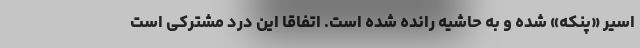
اسیر «پنکه» شده و به حاشیه رانده شده است. اتفاقا این درد مشترکی است